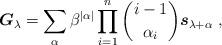
LaTeX: \begin{align*}\boldsymbol{G}_{\lambda }=\sum_{\alpha }\beta ^{|\alpha |}\prod_{i=1}^{n}\binom{i-1}{\alpha _{i}}\boldsymbol{s}_{\lambda +\alpha }~,\end{align*}